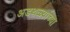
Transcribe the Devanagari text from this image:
अडथळ्यांच्या